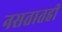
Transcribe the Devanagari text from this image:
नसतातही